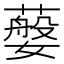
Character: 𦽮